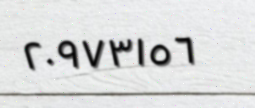
٢٠٩٧٣١٥٦